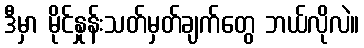
ဒီမှာ မိုင်နှုန်းသတ်မှတ်ချက်တွေ ဘယ်လိုလဲ။